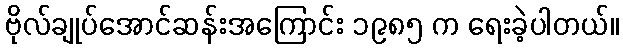
ဗိုလ်ချုပ်အောင်ဆန်းအကြောင်း ၁၉၈၅ က ရေးခဲ့ပါတယ်။